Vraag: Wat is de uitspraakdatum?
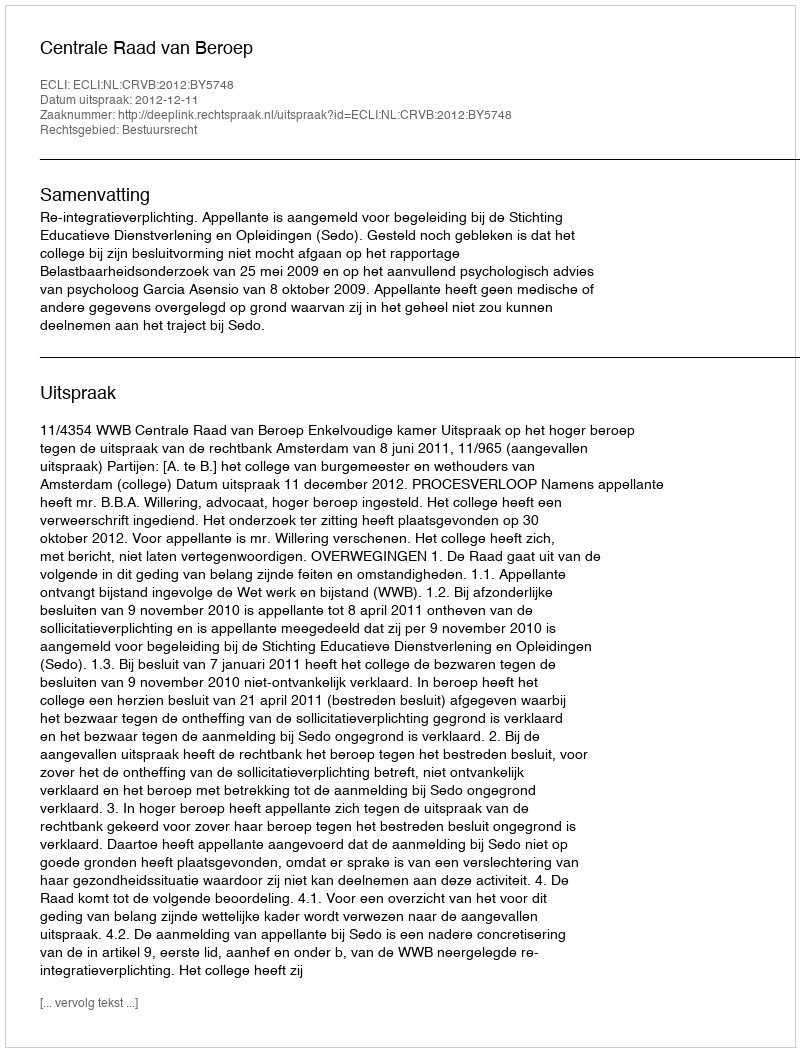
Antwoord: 2012-12-11